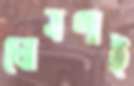
ঘোষণাই